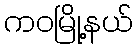
ကဝမြို့နယ်